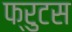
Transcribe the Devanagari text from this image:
फ्रुटस